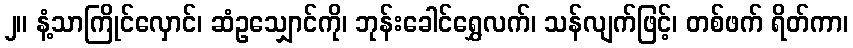
၂။ နံ့သာကြိုင်လှောင်၊ ဆံဥသျှောင်ကို၊ ဘုန်းခေါင်ရွှေလက်၊ သန်လျက်ဖြင့်၊ တစ်ဖက် ရိတ်ကာ၊